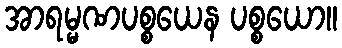
အာရမ္မဏပစ္စယေန ပစ္စယော။